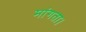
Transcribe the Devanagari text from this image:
मांगता।